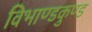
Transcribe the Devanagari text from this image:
विभाण्डकुण्ड